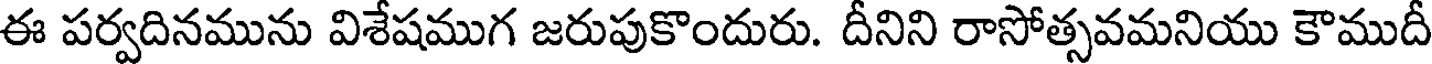
ఈ పర్వదినమును విశేషముగ జరుపుకొందురు. దీనిని రాసోత్సవమనియు కౌముదీ